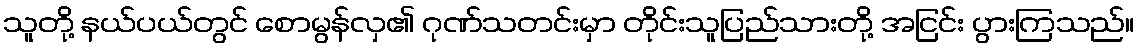
သူတို့ နယ်ပယ်တွင် စောမွန်လှ၏ ဂုဏ်သတင်းမှာ တိုင်းသူပြည်သားတို့ အငြင်း ပွားကြသည်။